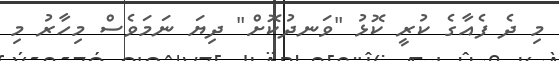
މި ދެ ފެއާގެ ކުރީ ކޮޅު "ވަނދުކޮށް" ދިޔަ ނަމަވެސް މިހާރު މި